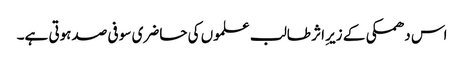
اس دھمکی کے زیرِ اثر طالب علموں کی حاضری سو فی صدہوتی ہے۔